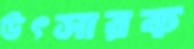
উৎসারক